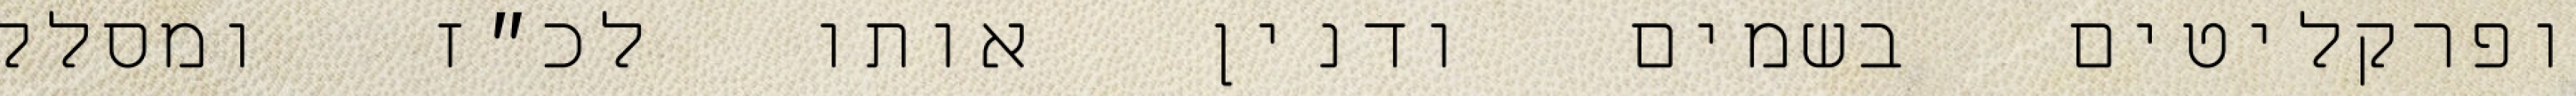
ופרקליטים בשמים ודנין אותו לכ״ז ומסלק